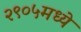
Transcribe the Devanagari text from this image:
२९०५मध्ये